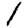
Digit: 1